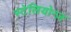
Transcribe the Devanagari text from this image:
स्टेलियोन्ज़